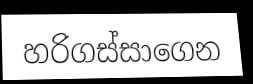
හරිගස්සාගෙන